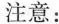
注意: